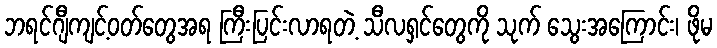
ဘရင်ဂျီကျင့်ဝတ်တွေအရ ကြီးပြင်းလာရတဲ့ သီလရှင်တွေကို သုက် သွေးအကြောင်း၊ ဖိုမ